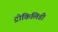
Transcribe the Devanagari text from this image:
ट्रोकिलिडी